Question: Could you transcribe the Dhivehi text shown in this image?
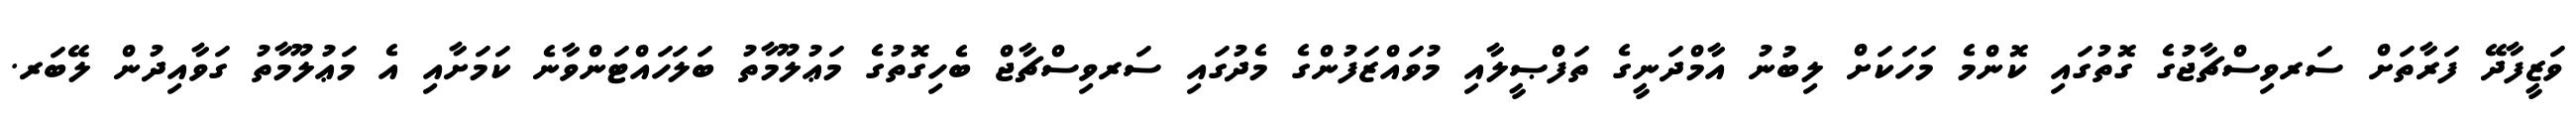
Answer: ވަޒީފާދޭ ފަރާތަށް ސަރވިސްޗާޖުގެ ގޮތުގައި ކޮންމެ މަހަކަށް ލިބުނު އާމްދަނީގެ ތަފްޞީލާއި މުވައްޒަފުންގެ މެދުގައި ސަރވިސްޗާޖް ބެހިގޮތުގެ މަޢުލޫމާތު ބަލަހައްޓަންވާނެ ކަމަށާއި އެ މަޢުލޫމާތު ގަވާއިދުން ލޭބަރ.